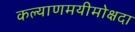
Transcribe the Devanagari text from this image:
कल्याणमयीमोक्षदा